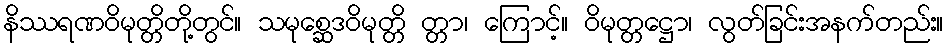
နိဿရဏဝိမုတ္တိတို့တွင်။ သမုစ္ဆေဒဝိမုတ္တိ တ္တာ၊ ကြောင့်။ ဝိမုတ္တဋ္ဌော၊ လွတ်ခြင်းအနက်တည်း။